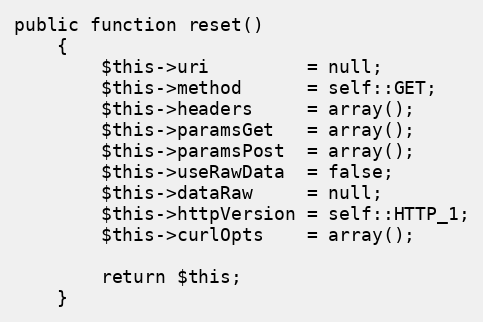
Language: PHP
public function reset()
	{
		$this->uri 		   = null;
		$this->method 	   = self::GET;
		$this->headers 	   = array();
		$this->paramsGet   = array();
		$this->paramsPost  = array();
		$this->useRawData  = false;
		$this->dataRaw 	   = null;
		$this->httpVersion = self::HTTP_1;
		$this->curlOpts    = array();

		return $this;
	}